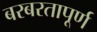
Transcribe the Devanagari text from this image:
बरबरतापूर्ण